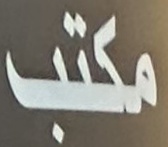
مكتب